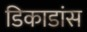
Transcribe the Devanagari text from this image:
डिकाडांस